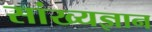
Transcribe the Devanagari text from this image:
सांख्यज्ञान